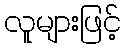
လူများဖြင့်